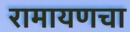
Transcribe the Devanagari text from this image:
रामायणचा